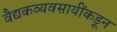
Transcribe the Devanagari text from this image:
वैद्यकव्यवसायींकडून